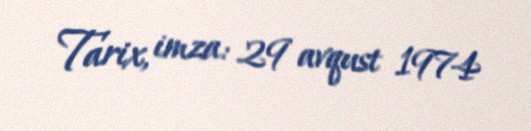
Tarix, imza: 29 avqust 1974